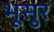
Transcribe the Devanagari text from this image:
भूसुर